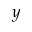
y